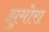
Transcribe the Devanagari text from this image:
झुमोरा